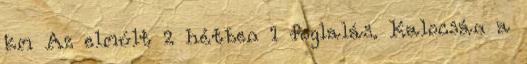
km Az elmúlt 2 hétben 1 foglalás. Kalocsán a